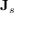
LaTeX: \mathbf { J } _ { s }